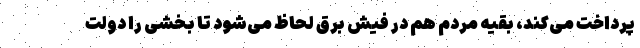
پرداخت می‌کند، بقیه مردم هم در فیش برق لحاظ می‌شود تا بخشی را دولت